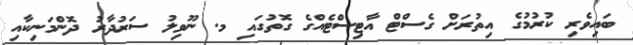
ބައިވެރި ކުރުމުގެ އިތުރަށް ގެސްޓް އާޓިސްޓެއްގެ ގޮތުގައި މ. ނޫވިލު ސަރުދާރު ދޮންމަނިކާއި